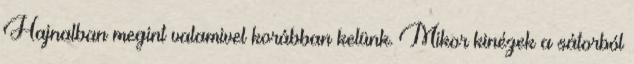
Hajnalban megint valamivel korábban kelünk. Mikor kinézek a sátorból